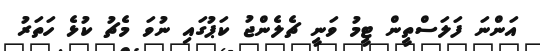
އަންނަ ފަލަސްތީން ޓީމު ވަނީ ޗެލެންޖު ކަޕުގައި ނުވަ މެޗު ކުޅެ ހަތަރު